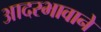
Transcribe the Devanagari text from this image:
आदरभावाने